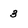
Character: 3